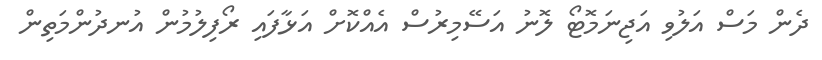
ދެން މަސް އަލުވި އަޖިނަމޮޓޯ ލޮނު އަސޭމިރުސް އެއްކޮށް އަޅާފައި ރޯފިލުމުން އުނދުންމަތިން